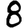
Digit: 8